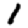
Digit: 1